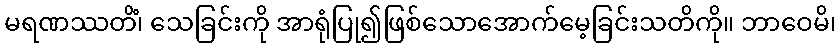
မရဏဿတိံ၊ သေခြင်းကို အာရုံပြု၍ဖြစ်သောအောက်မေ့ခြင်းသတိကို။ ဘာဝေမိ၊